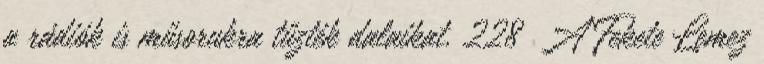
a rádiók is műsorukra tűzték dalaikat. 228 A Fekete Lemez